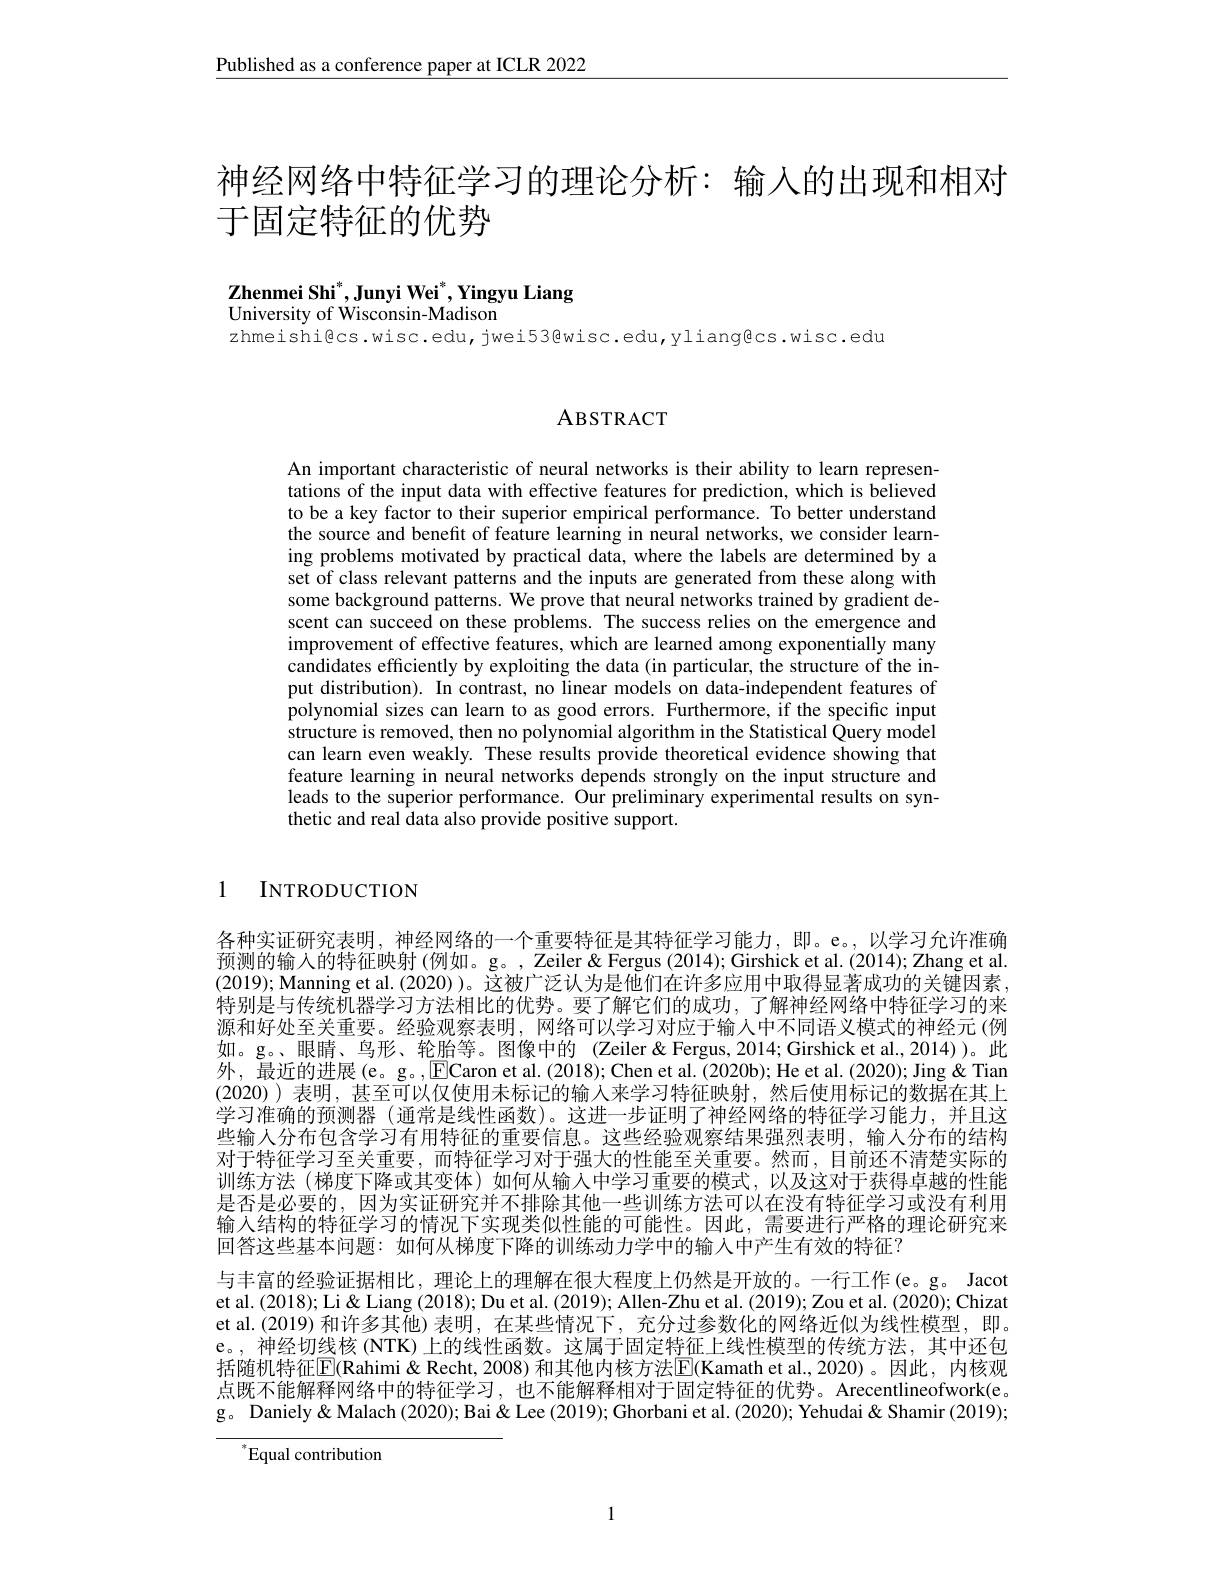
$\underline{\text{Published as a conference paper at ICLR 2022}}$

神经网络中特征学习的理论分析：输入的出现和相对
于固定特征的优势

Zhenmei Shi$^* , \textbf{Junyi Wei}^* , \textbf{Yingyu Liang}$
University of Wisconsin-Madison

zhmeishi@cs.wisc.edu,jwei53@wisc.edu,yliangêcs.wisc.edu

# ABSTRACT

An important characteristic of neural networks is their ability to learn representations of the input data with effective features for prediction, which is believed to be a key factor to their superior empirical performance. To better understand the source and benefit of feature learning in neural networks, we consider learning problems motivated by practical data, where the labels are determined by a set of class relevant patterns and the inputs are generated from these along with some background patterns. We prove that neural networks trained by gradient descent can succeed on these problems. The success relies on the emergence and improvement of effective features, which are learned among exponentially many candidates efficiently by exploiting the data (in particular, the structure of the input distribution). In contrast, no linear models on data-independent features of polynomial sizes can learn to as good errors. Furthermore, if the specific input structure is removed, then no polynomial algorithm in the Statistical Query model can learn even weakly. These results provide theoretical evidence showing that feature learning in neural networks depends strongly on the input structure and leads to the superior performance. Our preliminary experimental results on synthetic and real data also provide positive support.

1 INTRODUCTION

各种实证研究表明，神经网络的一个重要特征是其特征学习能力，即。e。,以学习允许准确预测的输入的特征映射(例如。g。, Zeiler&Fergus(2014);Girshick et al.(2014); Zhang et al. (2019); Manning et al. (2020) )。这被广泛认为是他们在许多应用中取得显著成功的关键因素特别是与传统机器学习方法相比的优势。要了解它们的成功，了解神经网络中特征学习的来源和好处至关重要。经验观察表明，网络可以学习对应于输入中不同语义模式的神经元(例如。g。、眼睛、鸟形、轮胎等。图像中的(Zeiler&Fergus,2014;Girshick et al.,2014))。此外，最近的进展(e。g。,ECaron et al.(2018); Chen et al.(2020b); He et al.(2020); Jing & Tian (2020))表明，甚至可以仅使用未标记的输入来学习特征映射，然后使用标记的数据在其上学习准确的预测器 (通常是线性函数)。这进一步证明了神经网络的特征学习能力，并且这些输入分布包含学习有用特征的重要信息。这些经验观察结果强烈表明，输人分布的结构对于特征学习至关重要，而特征学习对于强大的性能至关重要。然而，目前还不清楚实际的训练方法 (梯度下降或其变体)如何从输入中学习重要的模式，以及这对于获得卓越的性能是否是必要的，因为实证研究并不排除其他一些训练方法可以在没有特征学习或没有利用输入结构的特征学习的情况下实现类似性能的可能性。因此，需要进行严格的理论研究来回答这些基本问题：如何从梯度下降的训练动力学中的输入中产生有效的特征？
与丰富的经验证据相比，理论上的理解在很大程度上仍然是开放的。一行工作(e。g。Jacot et al.(2018); Li& Liang (2018); Du et al. (2019); Allen-Zhu et al. (2019); Zou et al. (2020); Chizat et al.(2019)和许多其他)表明，在某些情况下，充分过参数化的网络近似为线性模型，即。e。,神经切线核(NTK)上的线性函数。这属于固定特征上线性模型的传统方法，其中还包括随机特征$\boxed{\mathrm{E}}($Rahimi &Recht, 2008) 和其他内核方法$\boxed{\mathrm{E}}($Kamath et al.,2020)。因此，内核观点既不能解释网络中的特征学习，也不能解释相对于固定特征的优势。Arecentlineofwork(e。g。Daniely& Malach (2020); Bai & Lee (2019); Ghorbani et al. (2020); Yehudai & Shamir (2019);

Equal contribution